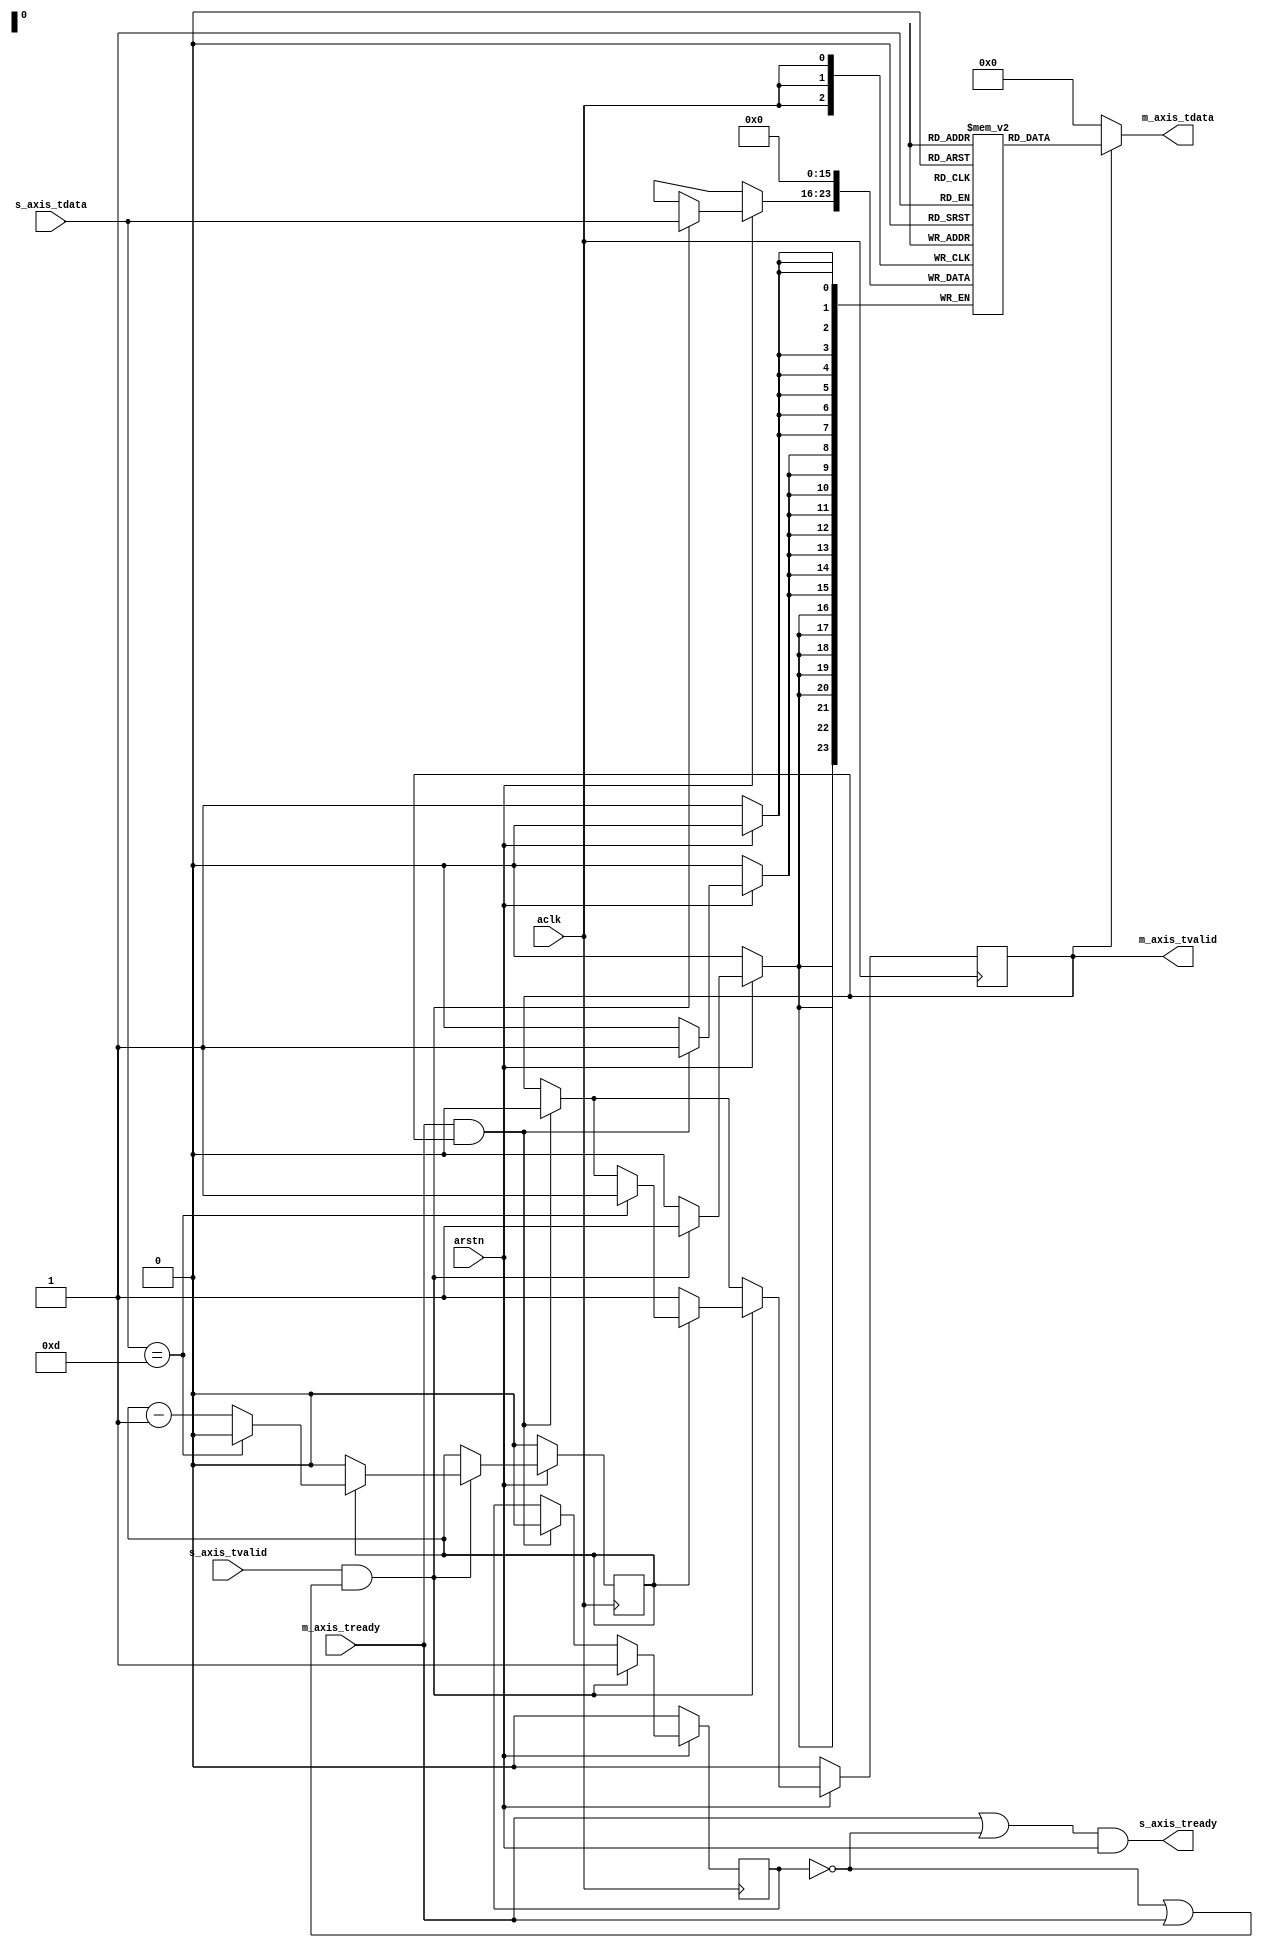
// ***************************************************************************
// ***************************************************************************
// @FILE    util_axis_char_to_string_converter.v
// @AUTHOR  JAY CONVERTINO
// @DATE    2021.06.21
// @BRIEF   AXIS CHAR TO STRING CONVERTER
// @DETAILS Convert characters to a string. Output valid on 
//          carrige return or full.
//
// @LICENSE MIT
//  Copyright 2021 Jay Convertino
//
//  Permission is hereby granted, free of charge, to any person obtaining a copy
//  of this software and associated documentation files (the "Software"), to 
//  deal in the Software without restriction, including without limitation the
//  rights to use, copy, modify, merge, publish, distribute, sublicense, and/or 
//  sell copies of the Software, and to permit persons to whom the Software is 
//  furnished to do so, subject to the following conditions:
//
//  The above copyright notice and this permission notice shall be included in 
//  all copies or substantial portions of the Software.
//
//  THE SOFTWARE IS PROVIDED "AS IS", WITHOUT WARRANTY OF ANY KIND, EXPRESS OR 
//  IMPLIED, INCLUDING BUT NOT LIMITED TO THE WARRANTIES OF MERCHANTABILITY, 
//  FITNESS FOR A PARTICULAR PURPOSE AND NONINFRINGEMENT. IN NO EVENT SHALL THE
//  AUTHORS OR COPYRIGHT HOLDERS BE LIABLE FOR ANY CLAIM, DAMAGES OR OTHER 
//  LIABILITY, WHETHER IN AN ACTION OF CONTRACT, TORT OR OTHERWISE, ARISING 
//  FROM, OUT OF OR IN CONNECTION WITH THE SOFTWARE OR THE USE OR OTHER DEALINGS
//  IN THE SOFTWARE.
// ***************************************************************************
// ***************************************************************************

`timescale 1ns/100ps

//data width converter
module util_axis_char_to_string_converter #(
    parameter master_width = 1
  )
  (
    //axi streaming clock and reset.
    input                   aclk,
    input                   arstn,
    //slave input axis
    input  [ 7:0]                 s_axis_tdata,
    input                         s_axis_tvalid,
    output                        s_axis_tready,
    //master output axis
    output [(master_width*8)-1:0] m_axis_tdata,
    output                        m_axis_tvalid,
    input                         m_axis_tready
  );

  //buffer
  reg [7:0] reg_data_buffer[master_width-1:0];
  reg       reg_data_valid;
  //counter
  reg [clogb2(master_width):0] counter;
  //index
  reg [clogb2(master_width):0] index;

  reg p_m_axis_tready;

  assign s_axis_tready  = (m_axis_tready | ~p_m_axis_tready) & arstn;
  assign m_axis_tvalid  = reg_data_valid;
  
  //genvars
  genvar gen_index;

  generate
  for(gen_index = 0; gen_index < master_width; gen_index = gen_index + 1) begin
    assign m_axis_tdata[(8*(gen_index+1))-1:8*gen_index] = (reg_data_valid == 1'b1 ? reg_data_buffer[gen_index] : 0);
  end
  endgenerate

  //process data
  always @(posedge aclk) begin
    if(arstn == 1'b0) begin
      for(index = 0; index < master_width; index = index + 1) begin
        reg_data_buffer[index] <= 0;
      end
      reg_data_valid    <= 0;
      counter           <= master_width-1;
      p_m_axis_tready   <= 0;
    end else begin
      //when ready, 0 out data so we don't send out the same thing over and over.
      //also only reset once we have completed the data output.
      if((m_axis_tready == 1'b1) && (reg_data_valid == 1'b1)) begin
        //no valid data, so lets 0 out previous to allow a valid assert of data without ready to happen.
        reg_data_valid  <= 0;
        p_m_axis_tready <= 0;
        
        //zero out data buffer
        for(index = 0; index < master_width; index = index + 1) begin
          reg_data_buffer[index] <= 0;
        end
      end
      
      if(s_axis_tvalid == 1'b1 && (~p_m_axis_tready || m_axis_tready)) begin
        reg_data_buffer[counter] <= s_axis_tdata;
        
        p_m_axis_tready <= 1'b1;
        
        counter <= counter - 1;

        if(s_axis_tdata == 8'h0D) begin
          counter <= master_width-1;
          reg_data_valid <= 1;
        end
        
        if(counter == 0) begin
          counter <= master_width-1;
          reg_data_valid <= 1;
        end
      end
    end
  end
  
  //copied from the IEEE 1364-2001 Standard
  function integer clogb2;
    input [31:0] value;
    begin
        value = value - 1;
        for (clogb2 = 0; value > 0; clogb2 = clogb2 + 1) begin
            value = value >> 1;
        end
    end
  endfunction
  
endmodule